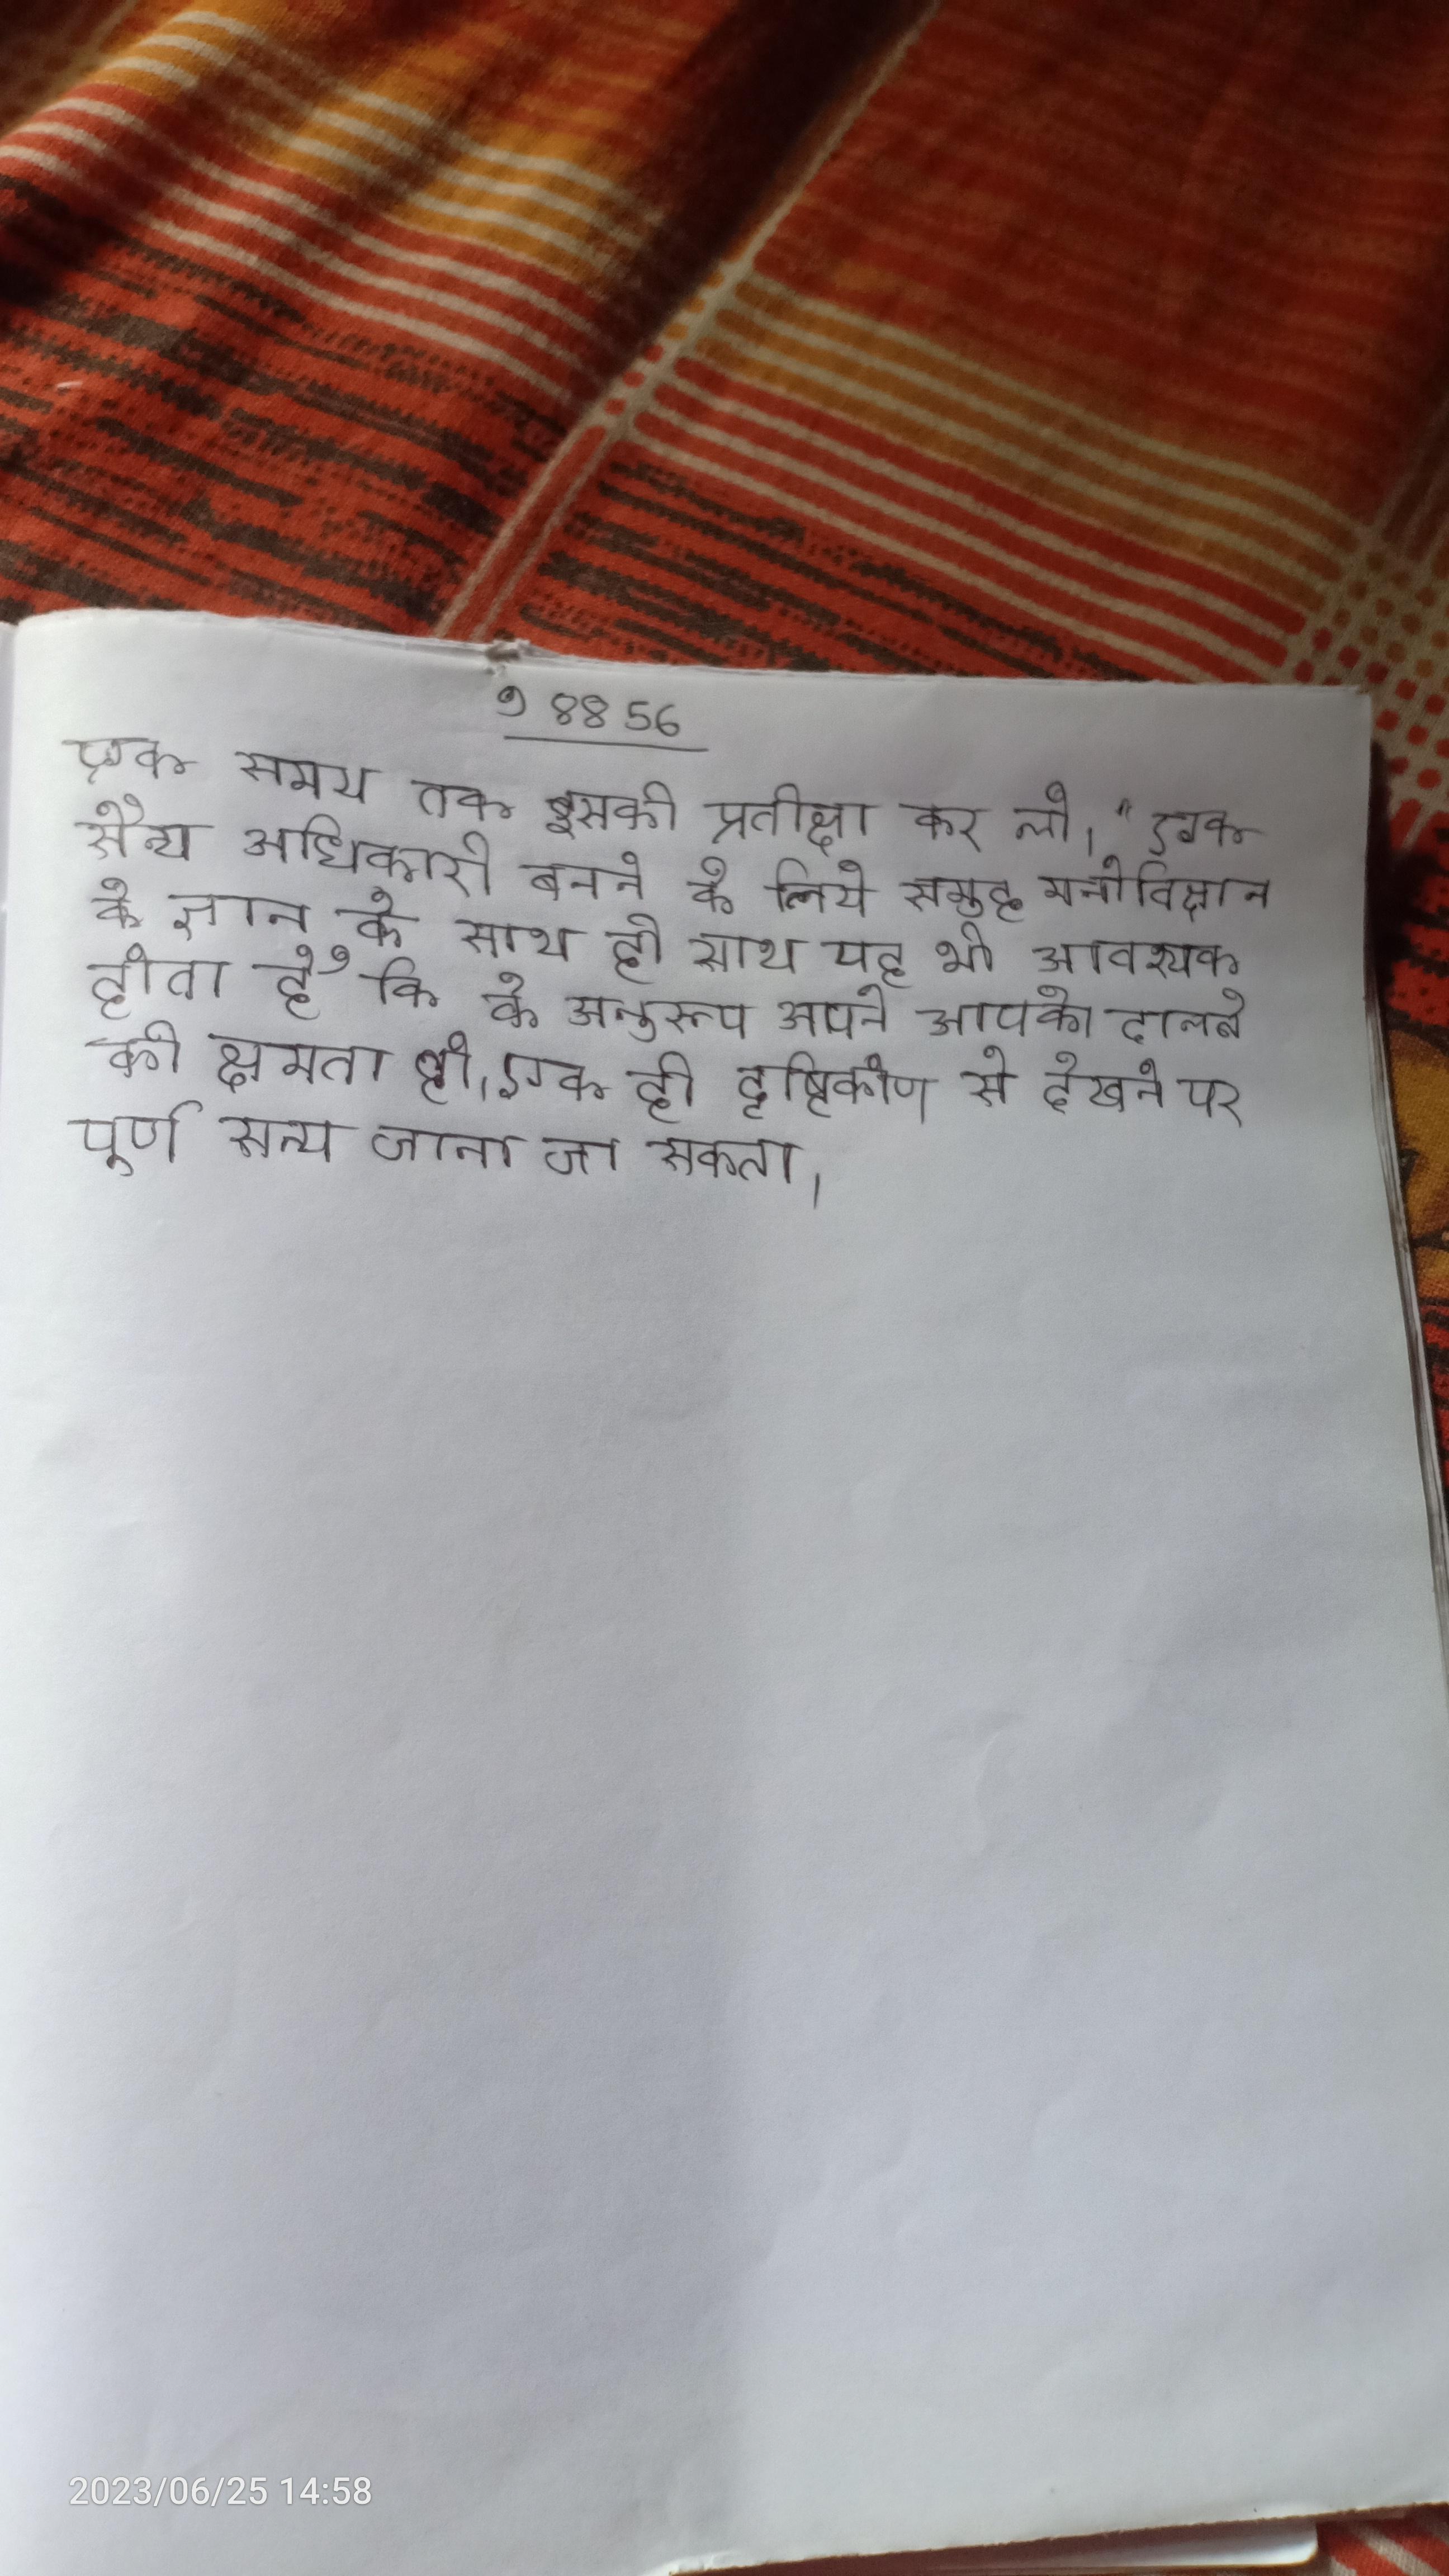
एक समय तक इसकी प्रतीक्षा कर लो।" एक सैन्य अधिकारी बनने के लिये समूह मनोविज्ञान के ज्ञान के साथ ही साथ यह भी आवश्यक होता है कि के अनुरूप अपने आपको ढालने की क्षमता हो । एक ही दृष्टिकोण से देखने पर पूर्ण सत्य जाना जा सकता ।